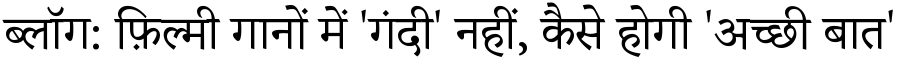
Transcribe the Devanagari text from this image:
ब्लॉग: फ़िल्मी गानों में 'गंदी' नहीं, कैसे होगी 'अच्छी बात'